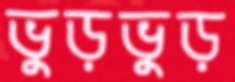
ভুড়ভুড়